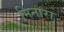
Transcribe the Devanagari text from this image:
मिनारा